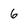
Character: 6